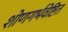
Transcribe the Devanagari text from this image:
शोणगर्भवेष्टित